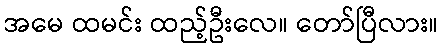
အမေ ထမင်း ထည့်ဦးလေ။ တော်ပြီလား။